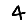
Digit: 4